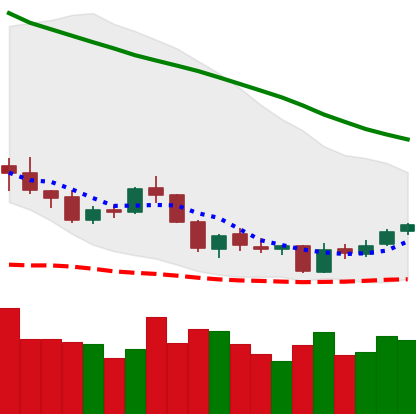
Ticker: NEO-USD
Chart end date: 2018-06-02
Forward return: -5.191%
Label: down_5_7